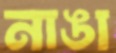
নাঙা